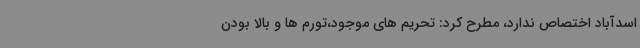
اسدآباد اختصاص ندارد، مطرح کرد: تحریم های موجود،تورم ها و بالا بودن